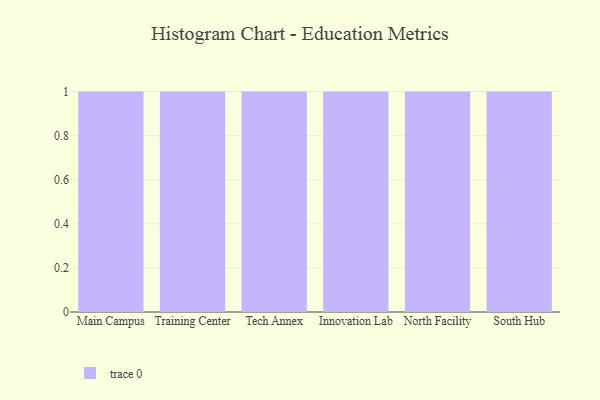
{"axis": {"x": "Campus", "y": "Budget (USD K)"}, "legend": [""], "data": [{"x": "Main Campus", "y": 51, "type": ""}, {"x": "Training Center", "y": 61, "type": ""}, {"x": "Tech Annex", "y": 60, "type": ""}, {"x": "Innovation Lab", "y": 60, "type": ""}, {"x": "North Facility", "y": 4, "type": ""}, {"x": "South Hub", "y": 86, "type": ""}]}